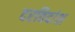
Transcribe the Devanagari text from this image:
दरविदांश